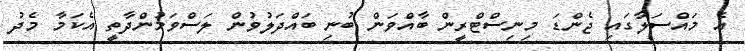
އެ މައްސަލާގައި ޖެންޑަ މިނިސްޓްރީން ބާއްވަން ބުނި ބައްދަލުވުން ލަސްވަމުންދާތީ އެކަމާ މެދު